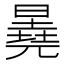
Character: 𬁕